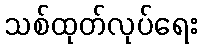
သစ်ထုတ်လုပ်ရေး